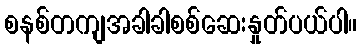
စနစ်တကျအခါခါစစ်ဆေးနှုတ်ပယ်ပါ။